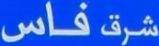
شرق فاس